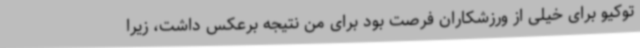
توکیو برای خیلی از ورزشکاران فرصت بود برای من نتیجه برعکس داشت، زیرا